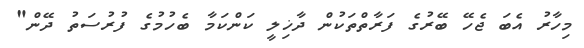
މިހާރު އެބަ ޖެހޭ ބޭރުގެ ފަރާތްތަކުން ދާޚިލީ ކަންކަމާ ބެހުމުގެ ފުރުސަތު ދޭން"